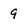
Character: 9